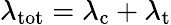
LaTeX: \lambda_{\mathrm{tot}}=\lambda_{\mathrm{c}}+\lambda_{\mathrm{t}}